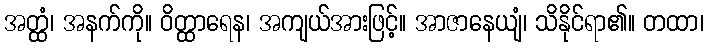
အတ္ထံ၊ အနက်ကို။ ဝိတ္ထာရေန၊ အကျယ်အားဖြင့်။ အာဇာနေယျံ၊ သိနိုင်ရာ၏။ တထာ၊